Code of medical and sanitary regulations for the guidance of medical officers serving in the Madras Presidency - Volume I
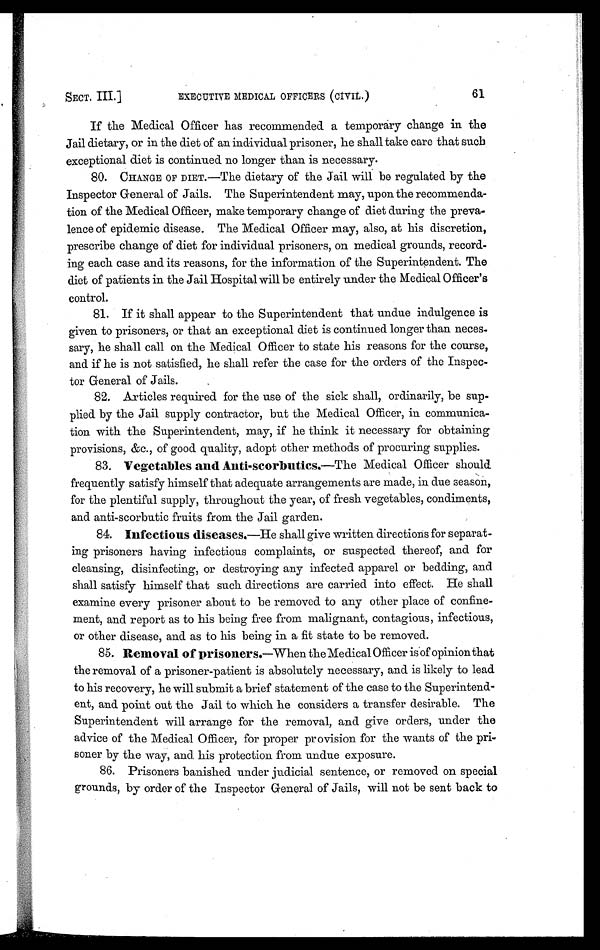
SECT. III.]
EXECUTIVE MEDICAL OFFICERS (CIVIL.)
61
If the Medical Officer has recommended a temporary change in the
Jail dietary, or in the diet of an individual prisoner, he shall take care that such
exceptional diet is continued no longer than is necessary.
80. CHANGE OF DIET.—The dietary of the Jail will be regulated by the
Inspector General of Jails. The Superintendent may, upon the recommenda-
tion of the Medical Officer, make temporary change of diet during the preva-
lence of epidemic disease. The Medical Officer may, also, at his discretion,
prescribe change of diet for individual prisoners, on medical grounds, record-
ing each case and its reasons, for the information of the Superintendent. The
diet of patients in the Jail Hospital will be entirely under the Medical Officer's
control.
81. If it shall appear to the Superintendent that undue indulgence is
given to prisoners, or that an exceptional diet is continued longer than neces-
sary, he shall call on the Medical Officer to state his reasons for the course,
and if he is not satisfied, he shall refer the case for the orders of the Inspec-
tor General of Jails.
82. Articles required for the use of the sick shall, ordinarily, be sup-
plied by the Jail supply contractor, but the Medical Officer, in communica-
tion with the Superintendent, may, if he think it necessary for obtaining
provisions, &c., of good quality, adopt other methods of procuring supplies.
83. Vegetables and Anti-scorbutics . —The Medical Officer should
frequently satisfy himself that adequate arrangements are made, in due season,
for the plentiful supply, throughout the year, of fresh vegetables, condiments,
and anti-scorbutic fruits from the Jail garden.
84. Infectious diseases.—He shall give written directions for separat-
ing prisoners having infectious complaints, or suspected thereof, and for
cleansing, disinfecting, or destroying any infected apparel or bedding, and
shall satisfy himself that such directions are carried into effect. He shall
examine every prisoner about to be removed to any other place of confine-
ment, and report as to his being free from malignant, contagious, infectious,
or other disease, and as to his being in a fit state to be removed.
85. Removal of prisoliers.—When the Medical Officer is of opinion that
the removal of a prisoner-patient is absolutely necessary, and is likely to lead
to his recovery, he will submit a brief statement of the case to the Superintend-
ent, and point out the Jail to which he considers a transfer desirable. The
Superintendent will arrange for the removal, and give orders, under the
advice of the Medical Officer, for proper provision for the wants of the pri-
soner by the way, and his protection from undue exposure.
86. Prisoners banished under judicial sentence, or removed on special
grounds, by order of the Inspector General of Jails, will not be sent back to